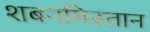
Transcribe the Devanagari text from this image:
शबनमिस्तान